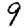
Digit: 9